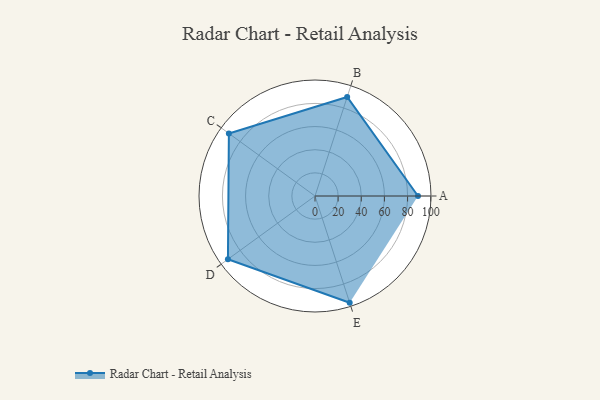
{"axis": {"x": "Skill", "y": "Score"}, "legend": ["Profile"], "data": [{"x": "A", "y": 89.0, "type": "Profile"}, {"x": "B", "y": 90.0, "type": "Profile"}, {"x": "C", "y": 92.0, "type": "Profile"}, {"x": "D", "y": 93.0, "type": "Profile"}, {"x": "E", "y": 97.0, "type": "Profile"}]}